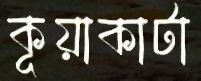
কূয়াকাটা